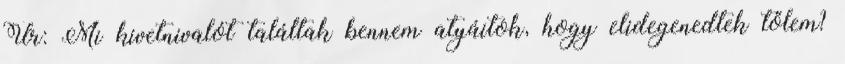
Úr: Mi kivetnivalót találtak bennem atyáitok, hogy elidegenedtek tőlem?